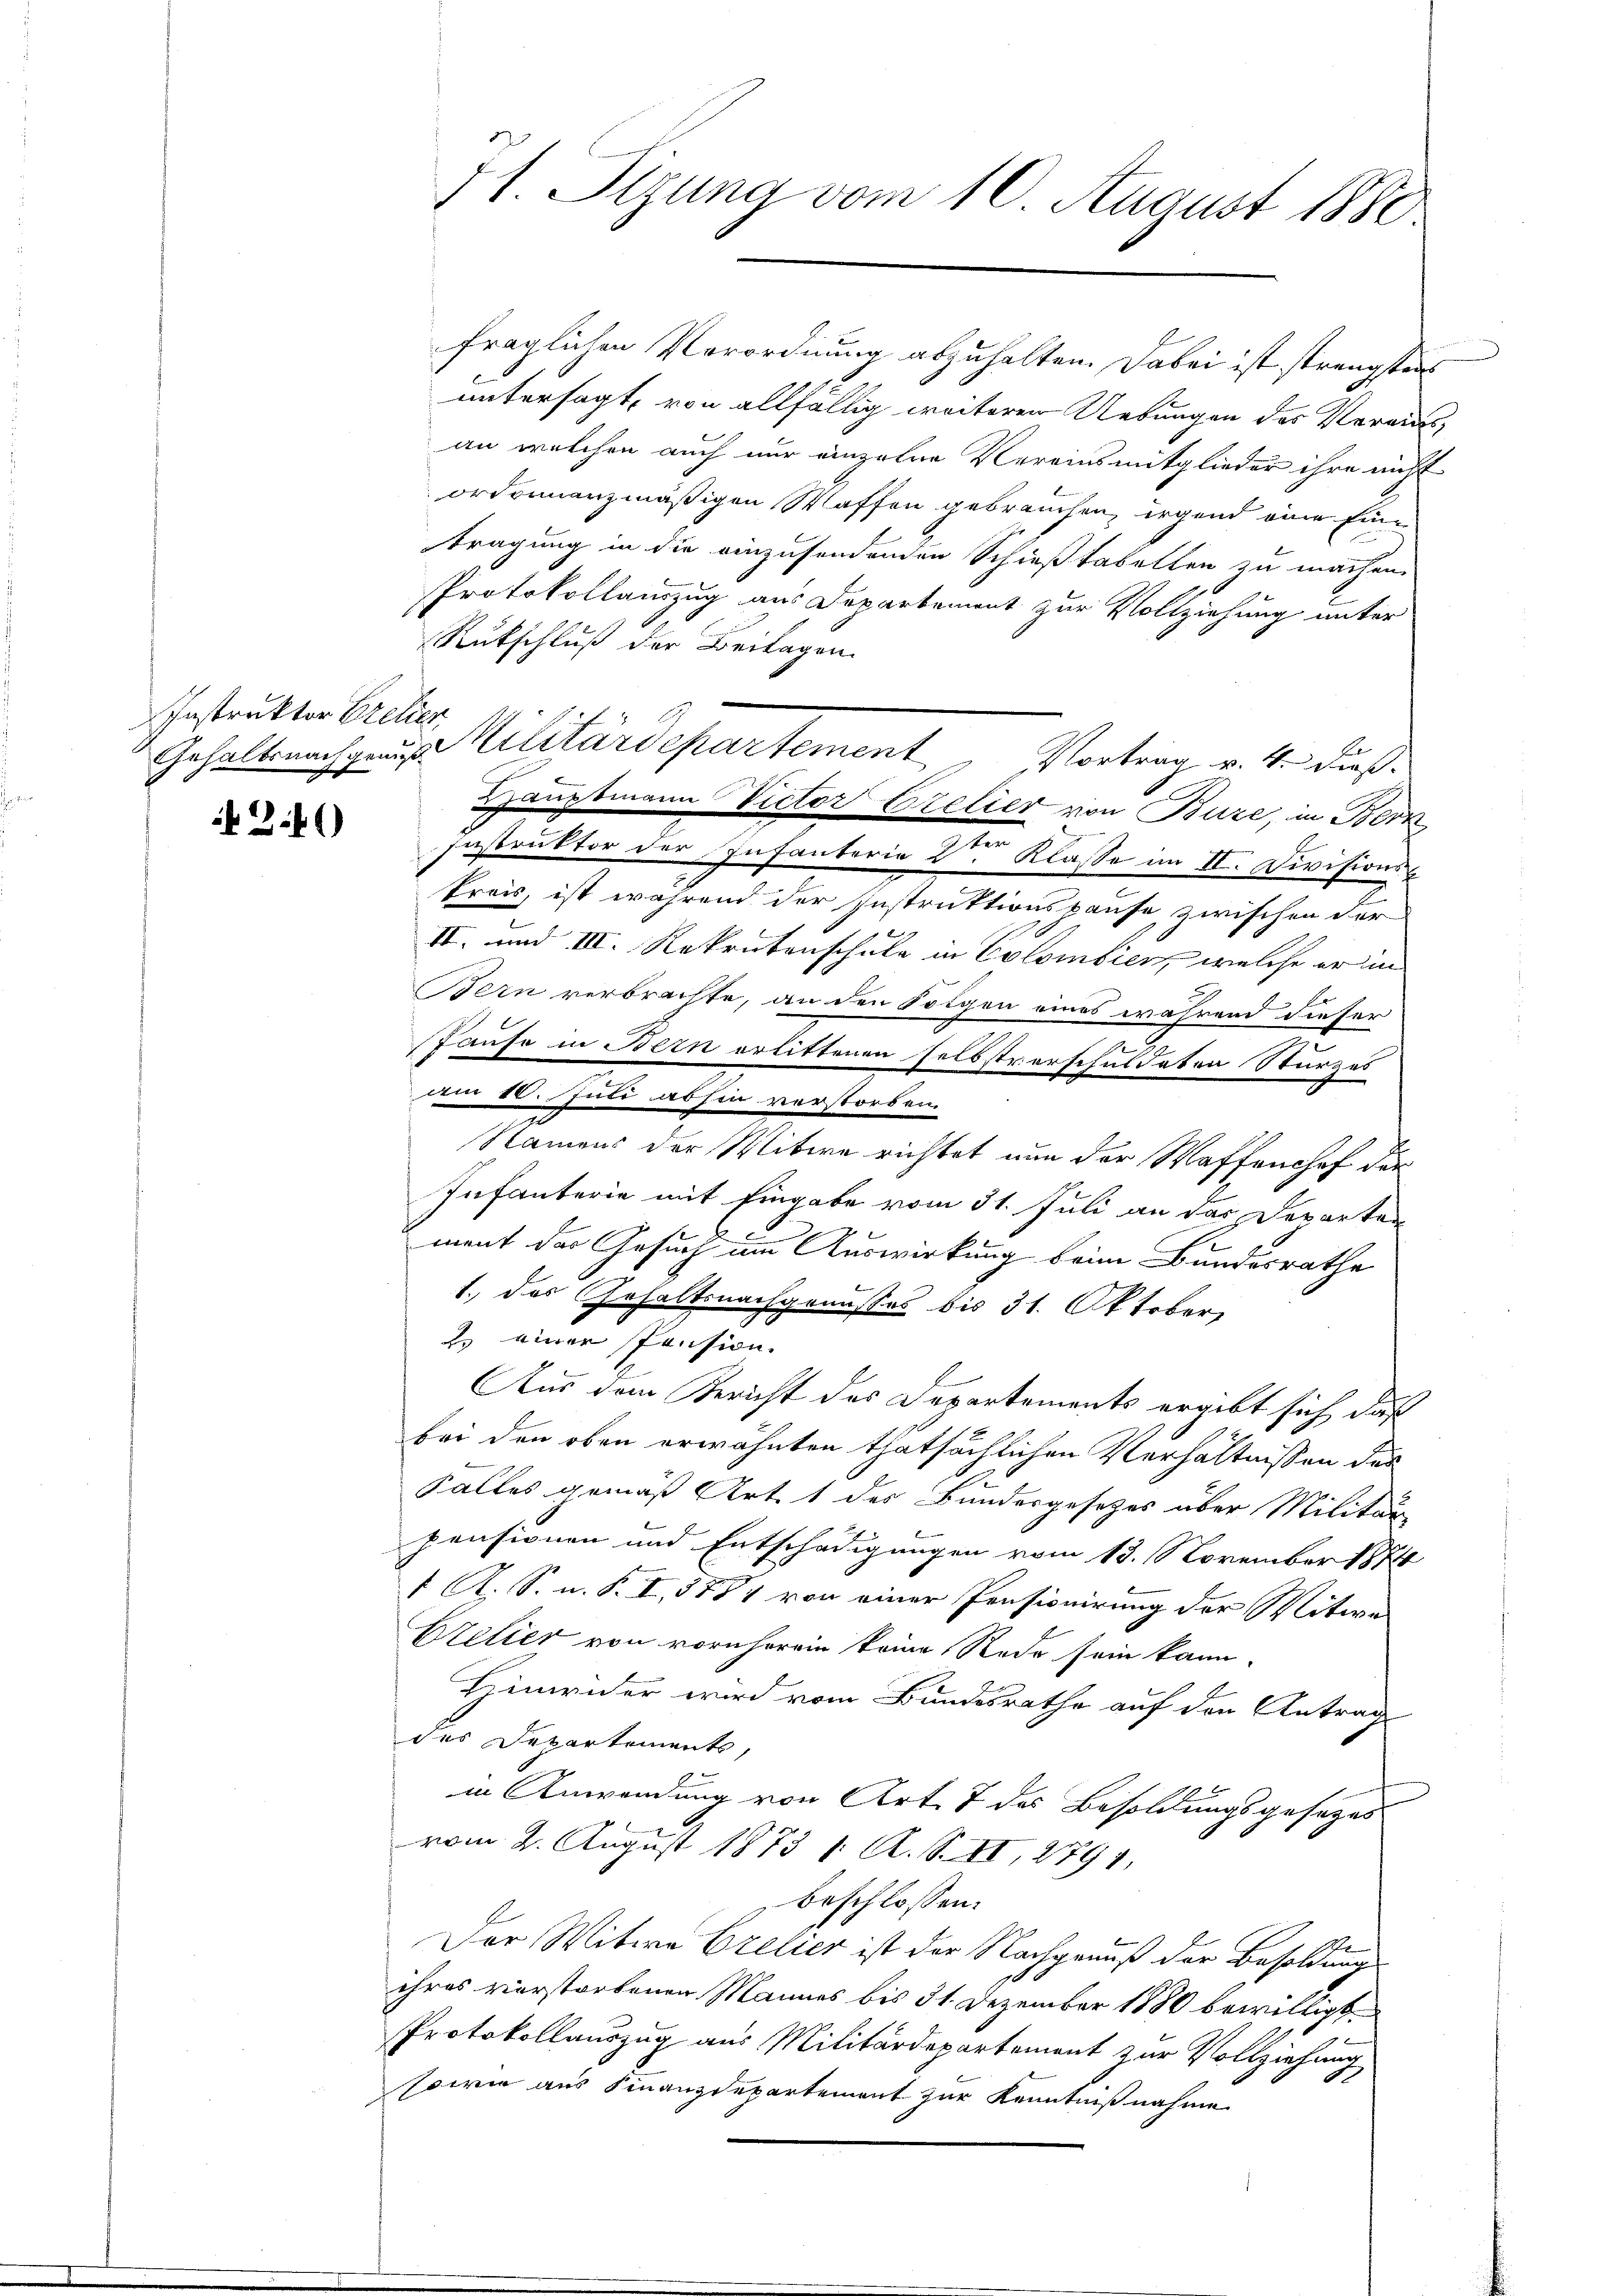
Instruktor Bretien

2.)

71. Sizung vom 10. August 1880

fraglichen Verordnung abzuhalten. Dabei ist strengsten
untersagt, von allfällig weiteren Uebungen des Vereins
an welchen auch nur einzelne Vereinsmitglieder ihre nicht
ordinanzmäßigen Waffen gebrauchen, irgend eine Eintragung in die einzusendenden Schießstabelten zu machen.
Protokollauszug aus Departement zur Vollziehung unter
Rutschluß der Beilagen.
Hauptmann Nictor Orelier von Buze, in Bern
e
Instruktor der Infanterie 2ten Klasse im II. Divisionskreis, ist während der Instruktionspause zwischen der
II. und III. Rekrutenschule in Colombier, welche er in
Bern verbrachte, an den Solgen eines während dieser
Pause in Bern erlittenen selbstverschuldaten Sturzes
Am 8. Juli abhin verstorben.
Namens der Witwe richtet nun der Waffenchef der
Infanterie mit Eingabe vom 31. Juli an das Departen
ment der Gesuch um Auswirkung beim Bundesrathe
1., das Gehaltsnachgenusses bis 31. Oktober
2 einer Pension.
Aus dem Bericht des Departements ergibt sich daß
bei den oben erwähnten thatsächlichen Verhältnissen das
Falles gemäß Art. 1 des Bundesgesetzes über Militär
pensionen und Entschädigungen vom 13. November 1874
1 A. S. n. F. I, 5754 von einer Pensionirung der Witwe
Cretier von vornherein keine Rede sein kann.
Hinwider wird vom Bundesrathe auf den Antrag
des Departements,
in Anwendung von Art. 7 des Besoldungsgesezes
vom 2. August 1873 1. A. S. II, 2791,
beschlossen:
Der Witwe Crelier ist der Nachgrauß der Besoldung
ihres verstorbenen Mannes bis 31. Dezember 1880 bewilligt.
Protokollauszug aus Militärdepartement zur Vollziehung
sowie aus Finanzdepartement zur Kenntnißnahme

Gehalt nach Militärdepartement. Vortrag v. 4. dieß.